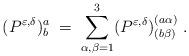
LaTeX: \begin{align*}(P^{\varepsilon, \delta})^a_b \;=\; \sum_{\alpha, \beta=1}^3(P^{\varepsilon, \delta})^{(a \alpha)}_{(b \beta)}\;.\end{align*}